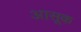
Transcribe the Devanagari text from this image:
आसूक